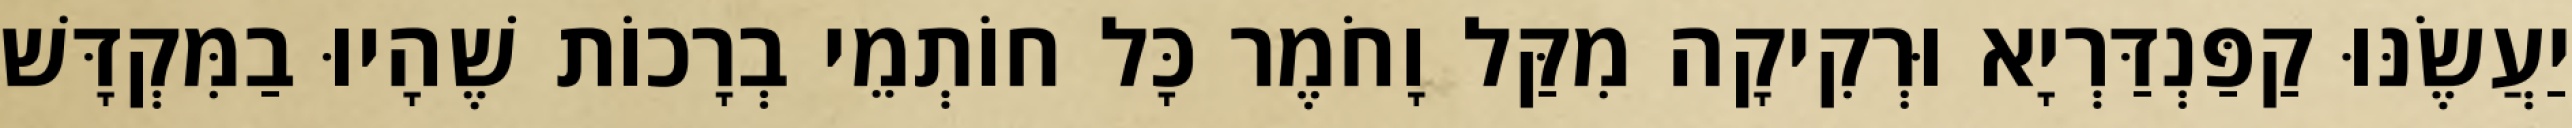
יַעֲשֶׂנּוּ קַפַּנְדַּרְיָא וּרְקִיקָה מִקַּל וָחֹמֶר כָּל חוֹתְמֵי בְרָכוֹת שֶׁהָיוּ בַמִּקְדָּשׁ